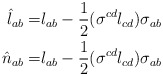
\begin{align*}\hat{l}_{ab}= &l_{ab}-\frac{1}{2}(\sigma^{cd}l_{cd})\sigma_{ab} \\\hat{n}_{ab}=& l_{ab}-\frac{1}{2}(\sigma^{cd}l_{cd})\sigma_{ab}\end{align*}